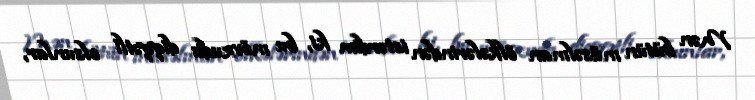
Mən bütün müsəlman ölkələrindən istərdim ki, bu mövzuda diqqətli olsunlar,